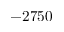
- 2 7 5 0